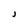
Character: J